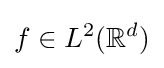
f\in L^{2}(\mathbb {R} ^{d})